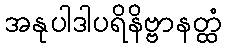
အနုပါဒါပရိနိဗ္ဗာနတ္ထံ